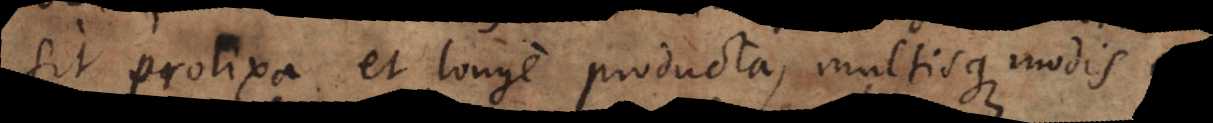
sit prolixa et longe producta, multisque modis